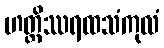
ဟတ္ထိဿရထသံကုလံ